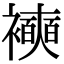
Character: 襫